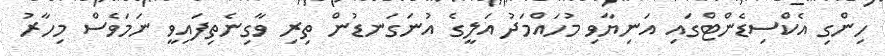
ހިންގި އެކްސިޑެންޓްގައި އަނިޔާވި މުހައްމަދު އަލީގެ އުނަގަނޑުން ތިރި ވާގިނެތިފައިވީ ނަމަވެސް މިހާރު